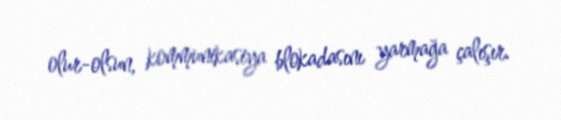
olur-olsun, kommunikasiya blokadasını yarmağa çalışır.